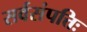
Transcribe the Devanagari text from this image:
सर्वसंपत्तिः